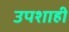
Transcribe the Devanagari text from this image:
उपशाही